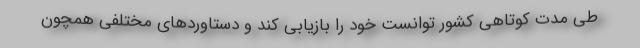
طی مدت کوتاهی کشور توانست خود را بازیابی کند و دستاوردهای مختلفی همچون